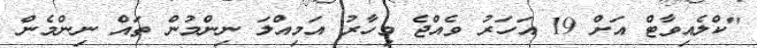
"ކްލެއިވާޓް އަށް 19 އަހަރު ވެއްޖެ މިހާރު އަމިއްލަ ނިންމުން ތައް ނިންމެން